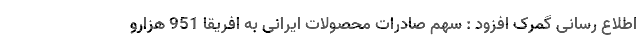
اطلاع رسانی گمرک افزود : سهم صادرات محصولات ایرانی به افریقا 951 هزارو